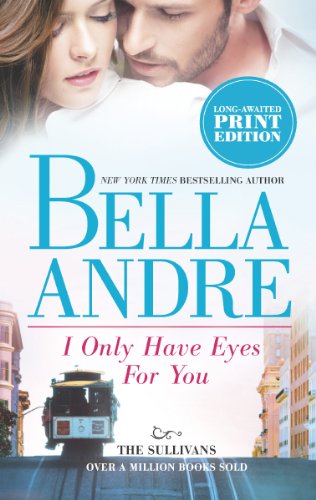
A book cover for I Only Have Eyes For You (The Sullivans); Bella Andre; Literature & Fiction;